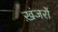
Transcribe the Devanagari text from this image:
ख़ंजरों